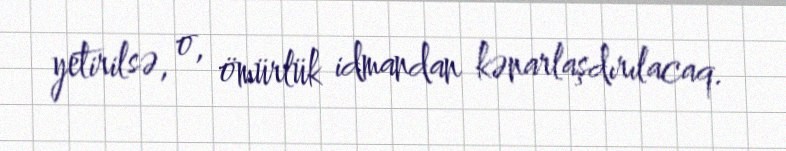
yetirilsə, o, ömürlük idmandan kənarlaşdırılacaq.